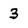
Character: 3